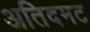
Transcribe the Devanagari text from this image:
अतिदमट